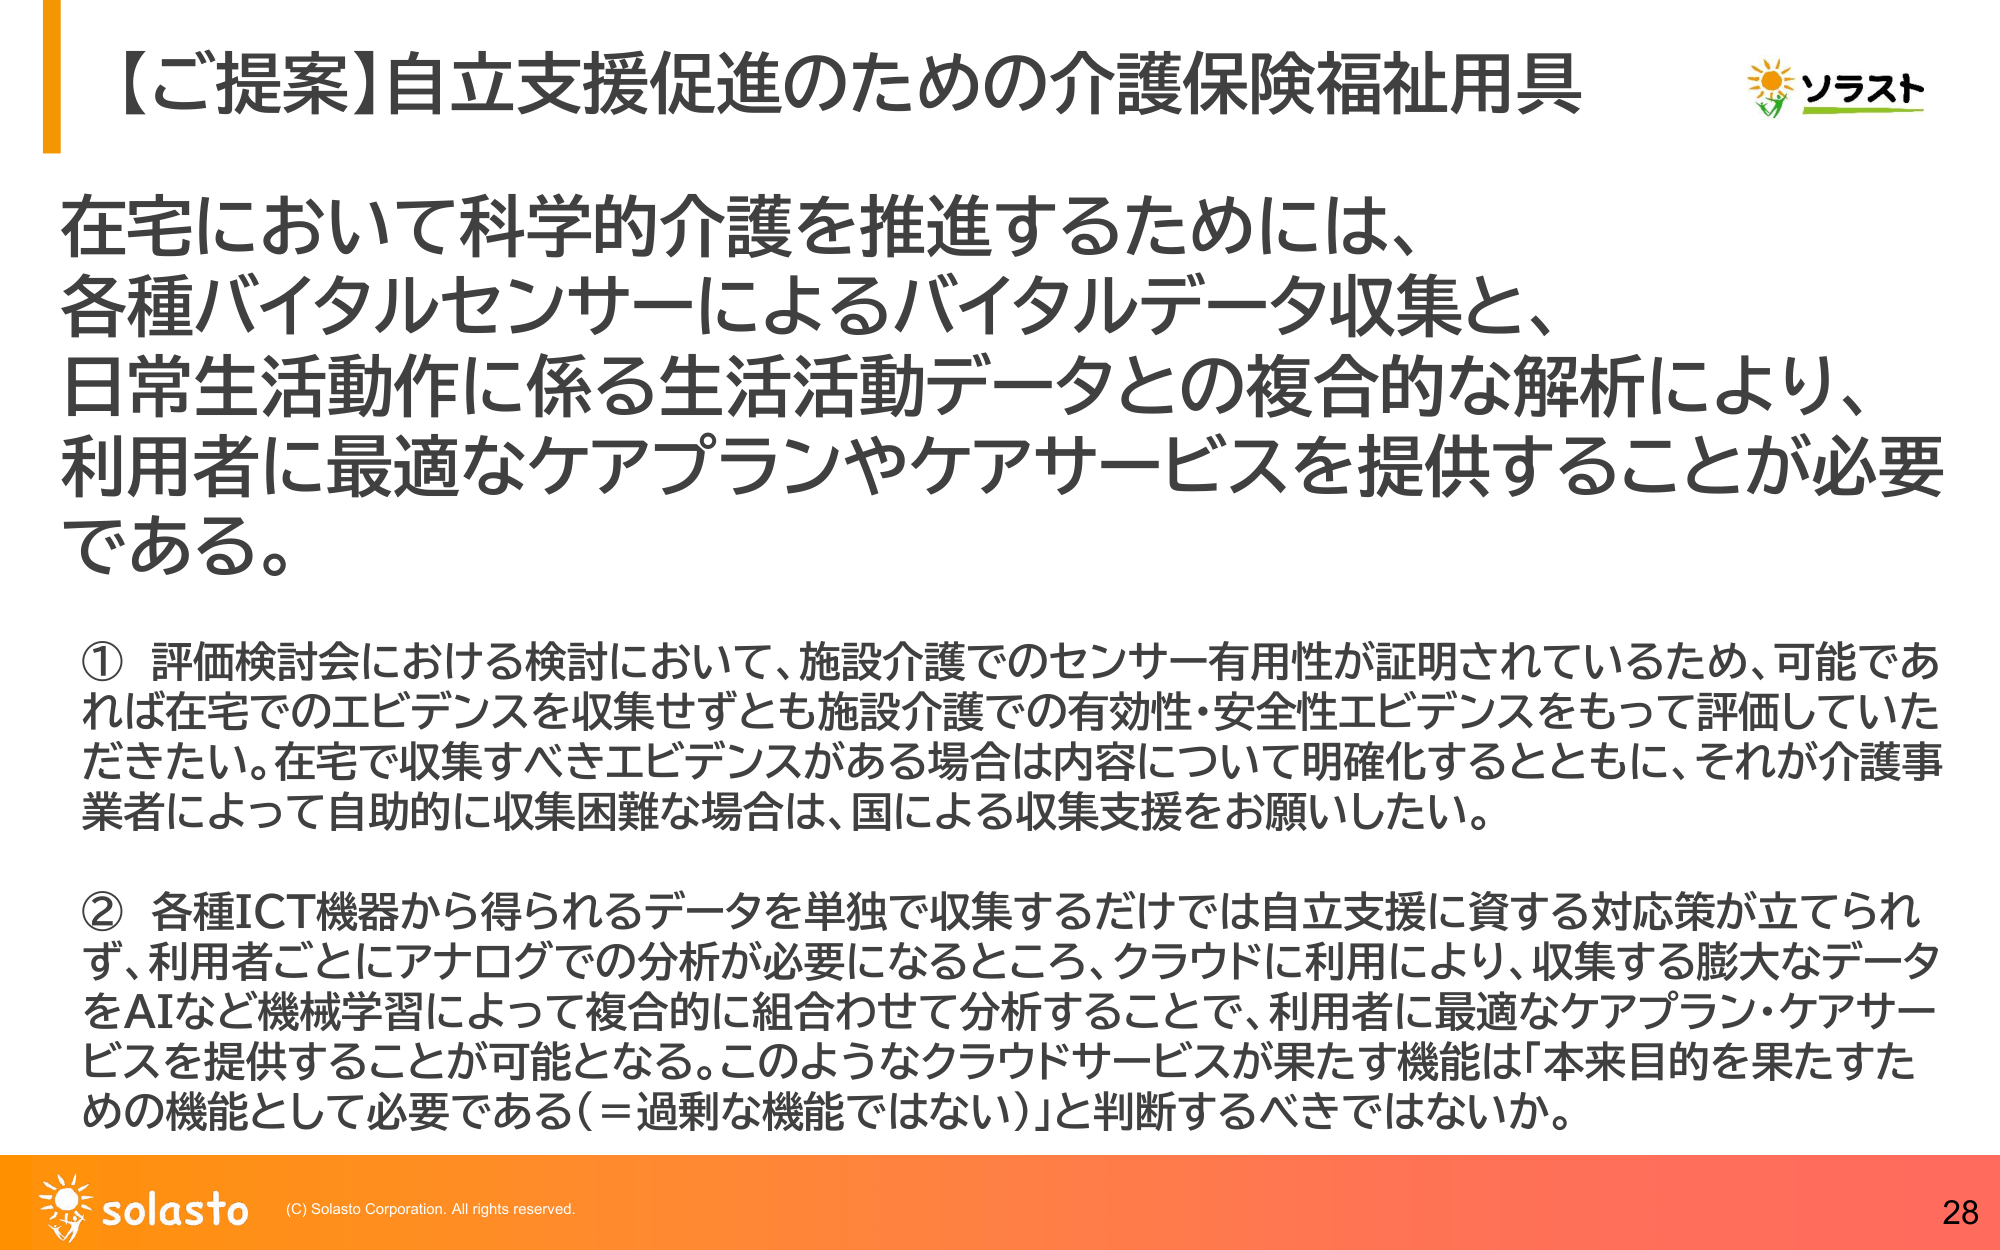
【ご提案】自立支援促進のための介護保険福祉用具

在宅において科学的介護を推進するためには、
各種バイタルセンサーによるバイタルデータ収集と、
日常生活動作に係る生活活動データとの複合的な解析により、
利用者に最適なケアプランやケアサービスを提供することが必要
である。

① 評価検討会における検討において、施設介護でのセンサー有用性が証明されているため、可能であれば在宅でのエビデンスを収集せずとも施設介護での有効性・安全性エビデンスをもって評価していただきたい。在宅で収集すべきエビデンスがある場合は内容について明確化するとともに、それが介護事業者によって自助的に収集困難な場合は、国による収集支援をお願いしたい。

② 各種ICT機器から得られるデータを単独で収集するだけでは自立支援に資する対応策が立てられず、利用者ごとにアナログでの分析が必要になるところ、クラウドに利用により、収集する膨大なデータをAIなど機械学習によって複合的に組合わせて分析することで、利用者に最適なケアプラン・ケアサービスを提供することが可能となる。このようなクラウドサービスが果たす機能は「本来目的を果たすための機能として必要である（＝過剰な機能ではない）」と判断するべきではないか。

ソラスト

solasto (C) Solasto Corporation. All rights reserved.
28